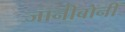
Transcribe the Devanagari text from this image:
जानीबोनी